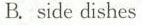
B. side dishes